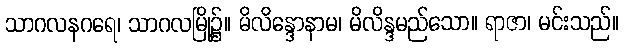
သာဂလနဂရေ၊ သာဂလမြို့၌။ မိလိန္ဒောနာမ၊ မိလိန္ဒမည်သော။ ရာဇာ၊ မင်းသည်။